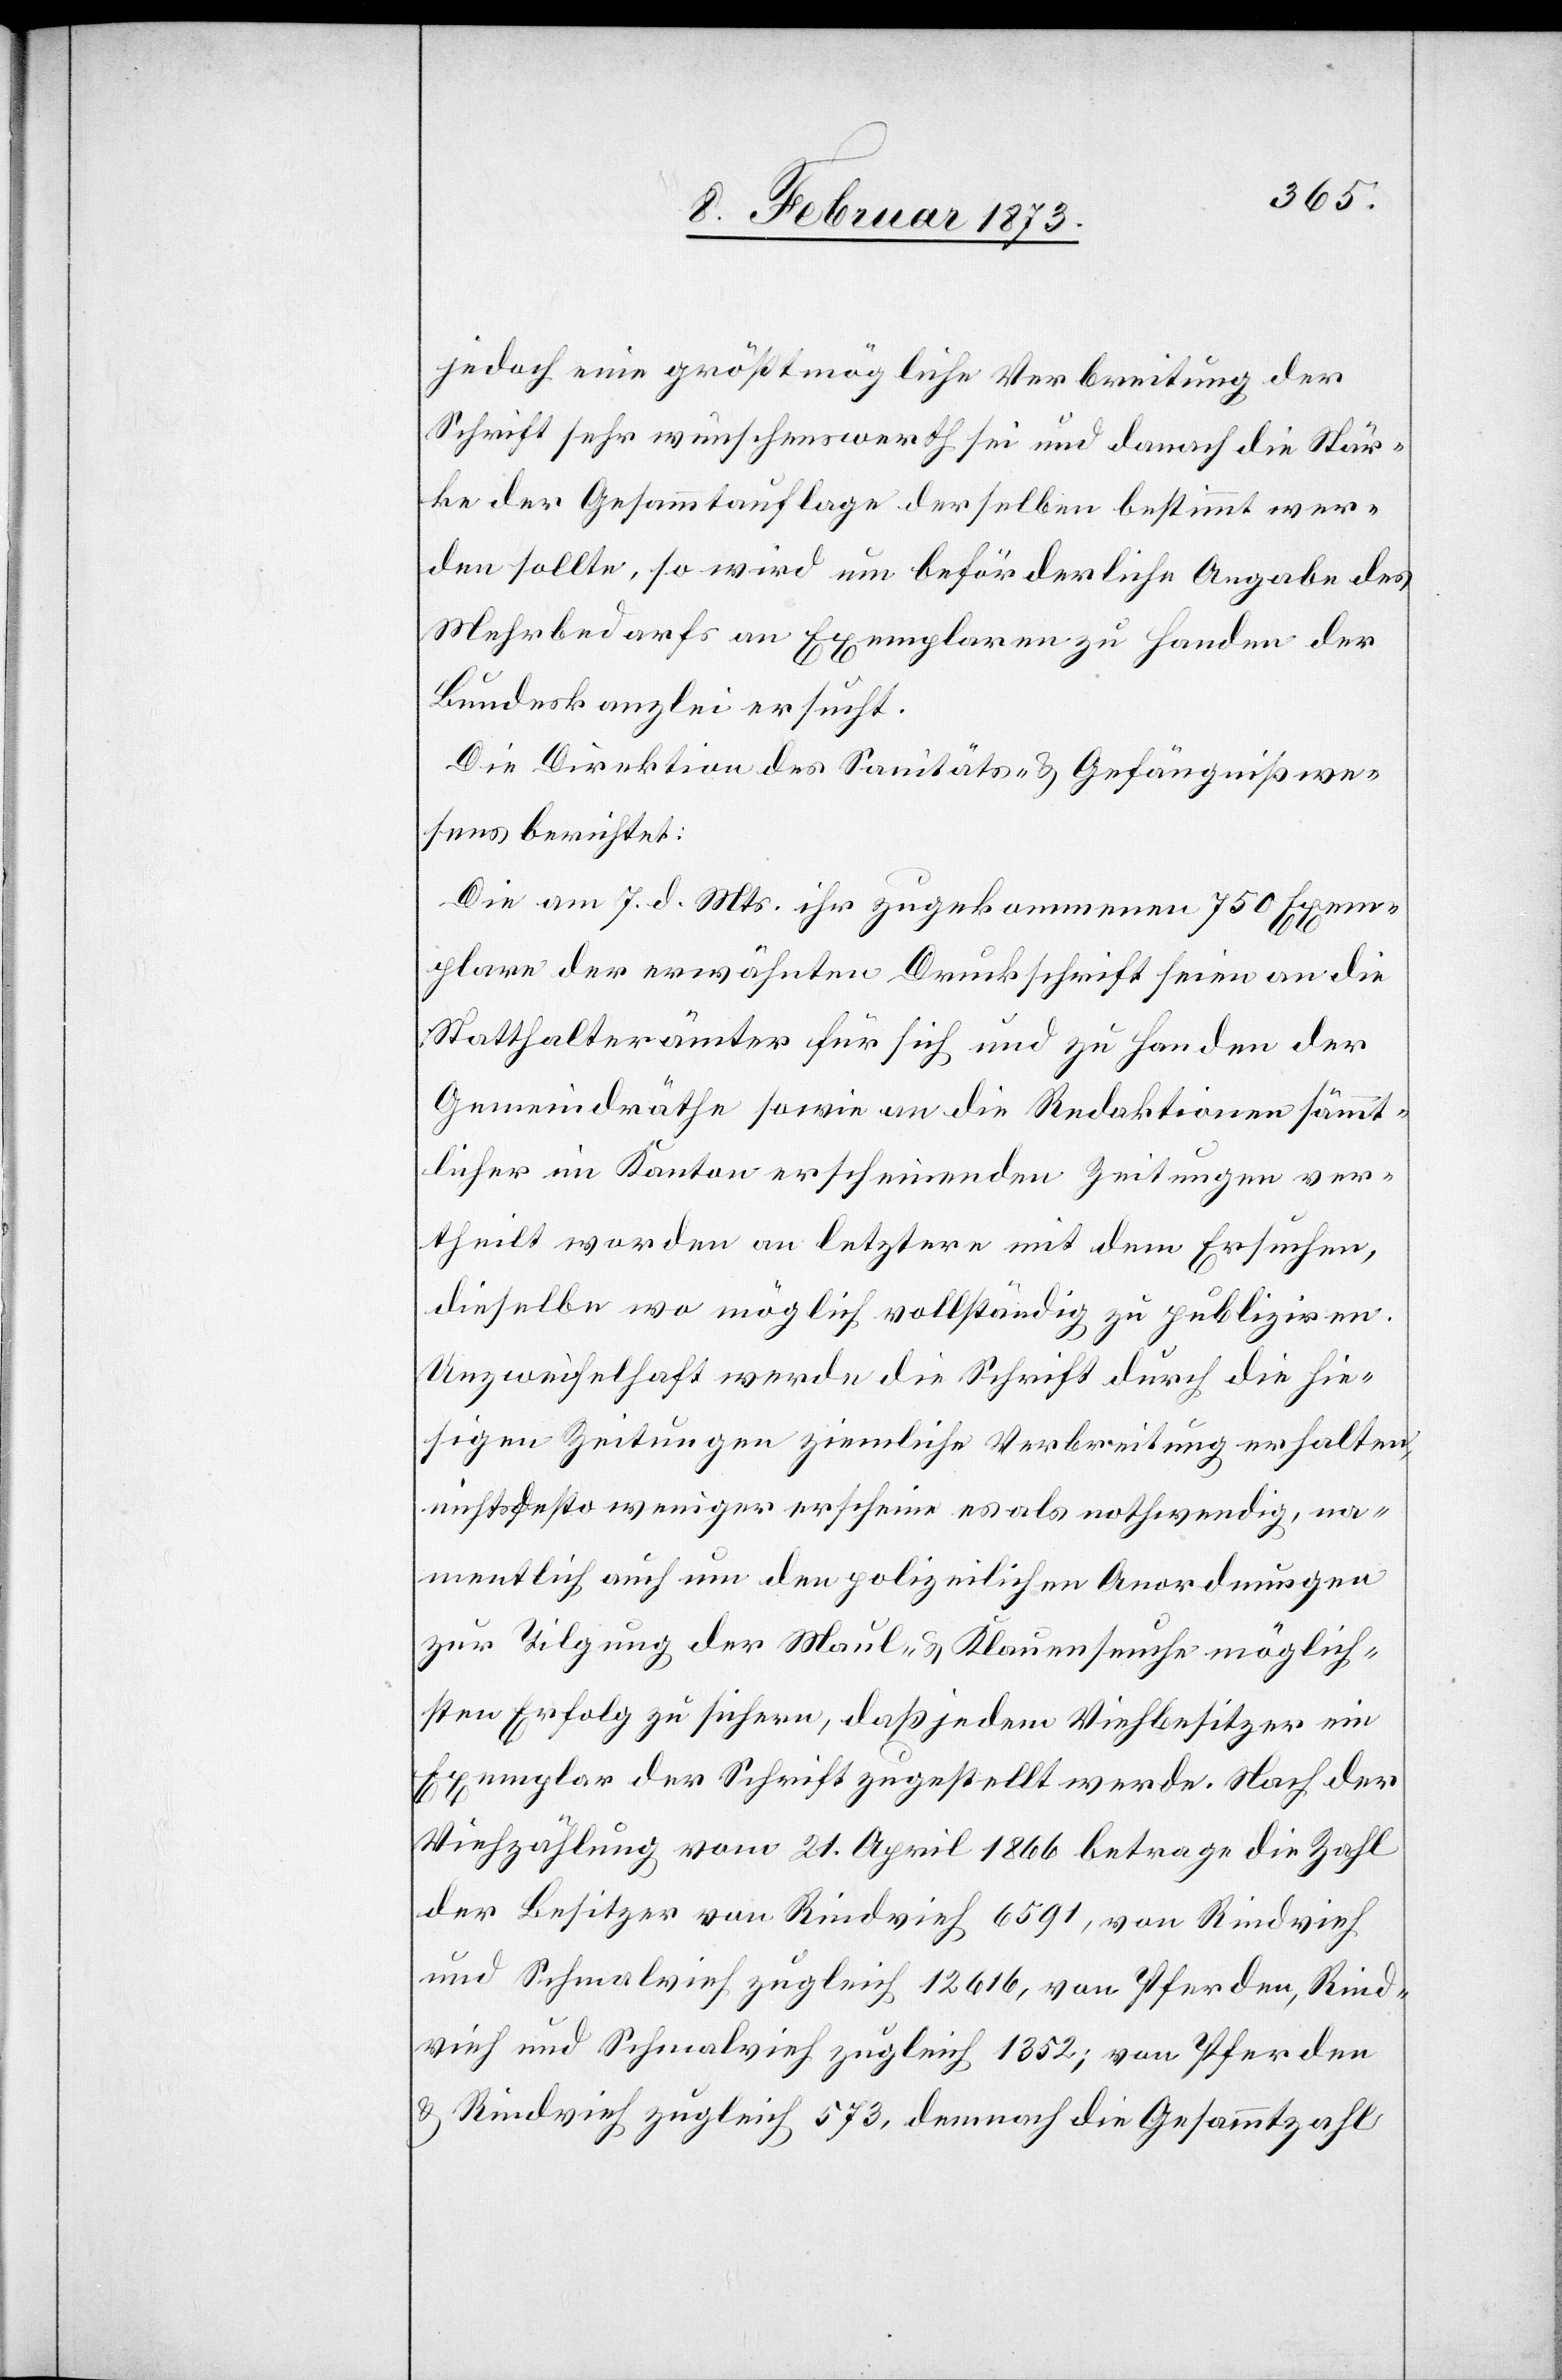
jedoch eine größtmögliche Verbreitung der
Schrift sehr wünschenswerth sei und danach die Stär¬
ke der Gesammtauflage derselben bestimmt wer¬
den sollte, so wird um beförderliche Angabe des
Mehrbedarfs an Exemplaren zu Handen der
Bundeskanzlei ersucht.
Die Direktion des Sanitäts- u. Gefängnißwe¬
sens berichtet:
Die am 7. d. Mts. ihr zugekommenen 750 Exem¬
plare der erwähnten Druckschrift seien an die
Statthalterämter für sich und zu Handen der
Gemeindräthe sowie an die Redaktionen sämmt¬
licher im Kanton erscheinenden Zeitungen ver¬
theilt worden[,] an letztere mit dem Ersuchen,
dieselbe wo möglich vollständig zu publiziren.
Unzweifelhaft werde die Schrift durch die hie¬
sigen Zeitungen ziemliche Verbreitung erhalten,
nichtsdesto weniger erscheine es als nothwendig, na¬
mentlich auch um den polizeilichen Anordnungen
zur Tilgung der Maul- u. Klauenseuche möglich¬
sten Erfolg zu sichern, daß jedem Viehbesitzer ein
Exemplar der Schrift zugestellt werde. Nach der
Viehzählung vom 21. April 1866 betrage die Zahl
der Besitzer von Rindvieh 6591, von Rindvieh
und Schmalvieh zugleich 12 616, von Pferden, Rind¬
vieh und Schmalvieh zugleich 1352; von Pferden
u. Rindvieh zugleich 573, demnach die Gesammtzahl